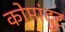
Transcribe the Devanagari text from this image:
कोमांदुर